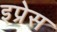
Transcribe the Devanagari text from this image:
इप्रेस